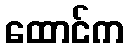
ထောင်က